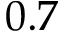
0 . 7